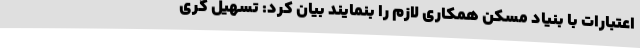
اعتبارات با بنیاد مسکن همکاری لازم را بنمایند بیان کرد: تسهیل گری